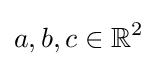
a,b,c\in \mathbb {R} ^{2}